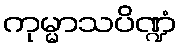
ကုမ္မာသပိဏ္ဍံ